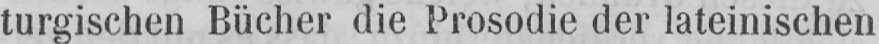
turgischen Bücher die Prosodie der lateinischen